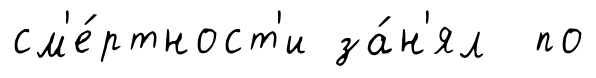
см'е́ртност'и за́н'ял по